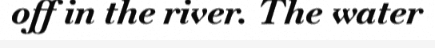
off in the river. The water